Madras plague regulations and rules - Volume 1
Disease focus: Plague
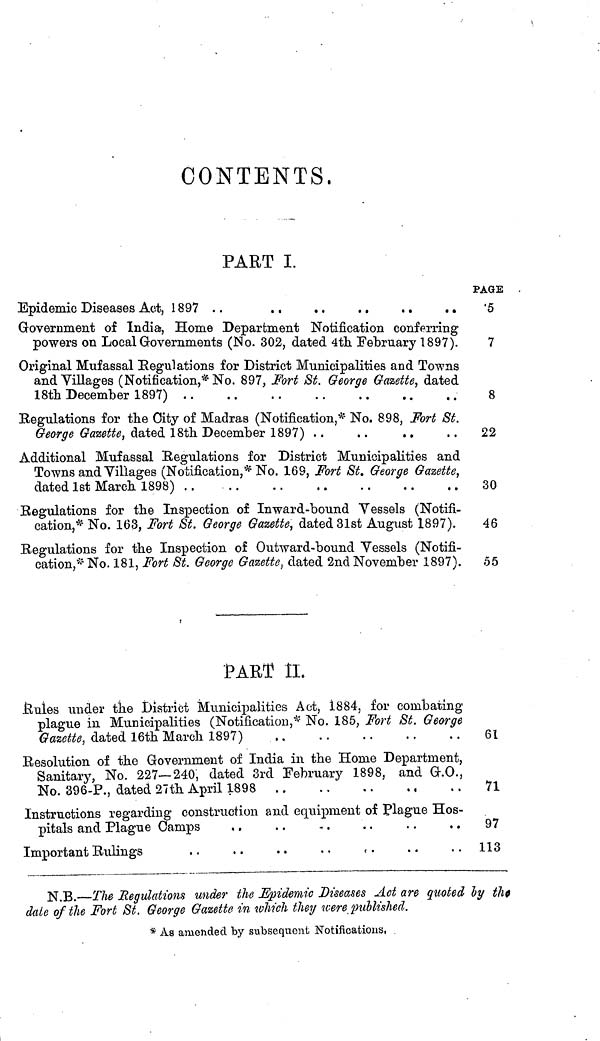
CONTENTS.
PART I.
Epidemic Diseases Act, 1897 ..
..
..
..
..
..
Government of India, Home Department Notification conferring
powers on Local Governments (No. 302, dated 4th February 1897).
Original Mufassal Regulations for District Municipalities and Towns
and Villages (Notification,* No. 897, Fort St. George Gazette, dated
18th December 1897)
Regulations for the City of Madras (Notification,* No. 898, Fort St.
George Gazette, dated 18th December 1897)
Additional Mufassal Regulations for District Municipalities and
Towns and Villages (Notification,* No. 169, Fort St. George Gazette,
dated 1st March 1898)
Regulations for the Inspection of Inward-bound Vessels (Notifi-
cation,* No. 163, Fort St. George Gazette, dated 31st August 1897).
Regulations for the Inspection of Outward-bound Vessels (Notifi-
cation,* No. 181, Fort St. George Gazette, dated 2nd November 1897).
PART II.
Rules under the District Municipalities Act, 1884, for combating
plague in Municipalities (Notification,* No. 185, Fort St. George
Gazette, dated 16th March 1897)
Resolution of the Government of India in the Home Department,
Sanitary, No. 227—240, dated 3rd February 1898, and G.O.,
No. 396-P., dated 27th April 1898
Instructions regarding construction and equipment of Plague Hos-
pitals and Plague Camps
Important Rulings
N.B.—The Regulations under the Epidemic Diseases Act are quoted
date of the Fort St. George Gazette in which they were published.
* As amended by subsequent Notifications,
PAGE
5
7
8
22
30
46
55
61
71
97
113
by the